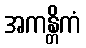
အကန္တိကံ